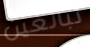
تبالغين